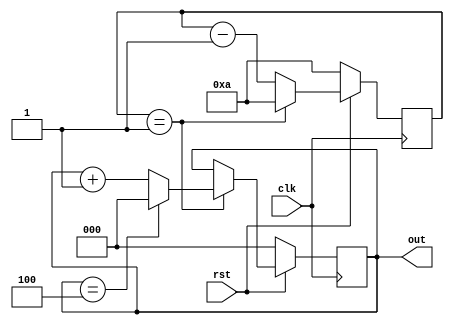
module cyc_counter5_rl(clk,out,rst);
	parameter cycle2one = 10;
	parameter size_cyc = 30;
	parameter count = 5;
	parameter size_cnt = 3;
	input clk;
	input rst;
	output reg[size_cnt-1:0] out;
	reg [size_cyc-1:0] cyc;
	
	initial begin
		out <= 0;
		cyc <= cycle2one;
	end
	
	always @(posedge clk) begin
		if(~rst) begin
			out <= 0;
			cyc <= cycle2one;
		end
		else begin
			if(cyc == 1) begin
				if(out == count - 1) out <= 0;
				else out <= out + 1;
				cyc <= cycle2one;
			end
			else begin
				cyc <= cyc - 1;
			end
		end
	end
endmodule